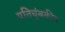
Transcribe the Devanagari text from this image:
प्रतिचुंबकीय